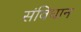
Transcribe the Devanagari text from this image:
संविघान